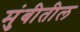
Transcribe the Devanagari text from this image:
मुंबीतील